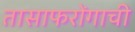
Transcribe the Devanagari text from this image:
तासाफरोंगाची